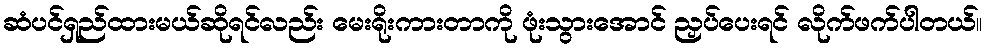
ဆံပင်ရှည်ထားမယ်ဆိုရင်လည်း မေးရိုးကားတာကို ဖုံးသွားအောင် ညှပ်ပေးရင် လိုက်ဖက်ပါတယ်။